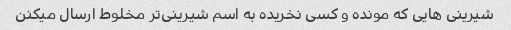
شیرینی هایی که مونده و کسی نخریده به اسم شیرینی‌تر مخلوط ارسال میکنن